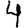
Digit: 4